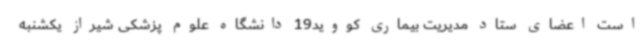
است اعضای ستاد مدیریت بیماری کووید19 دانشگاه علوم پزشکی شیراز یکشنبه